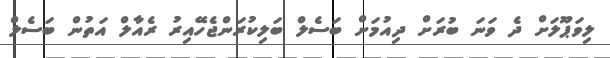
ލިވަޕޫލަށް ދެ ވަނަ ބުރަށް ދިއުމަށް ބަސެލް ބަލިކުރަންޖެހޭއިރު ރެއާލް އަތުން ބަސެލް